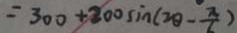
= 3 0 0 + 2 0 0 \sin ( 2 \theta - \frac { \pi } { 6 } )